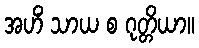
အဟိံ သာယ စ ဂုတ္တိယာ။